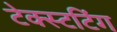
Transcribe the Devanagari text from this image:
टेक्स्टटिंग